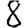
Digit: 8